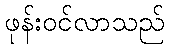
ဖုန်းဝင်လာသည်